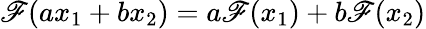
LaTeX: \mathscr{F}(ax_{1}+bx_{2})=a\mathscr{F}(x_{1})+b\mathscr{F}(x_{2})